Civil Veterinary Department. Madras. Admin. report 1910-25 - 1910-1925
Year: 1910
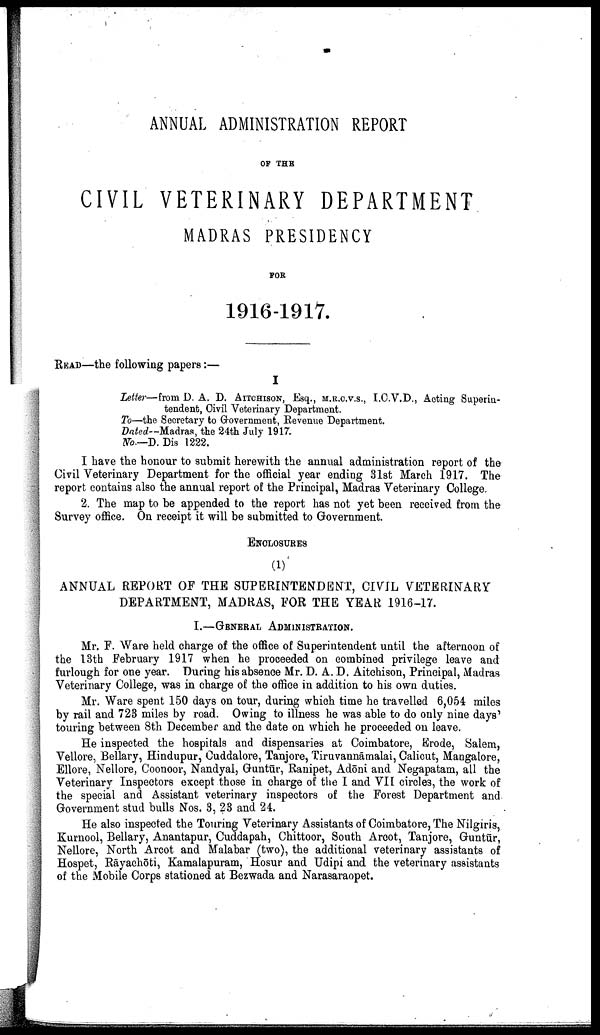
ANNUAL ADMINISTRATION REPORT
OF THE
CIVIL VETERINARY DEPARTMENT
MADRAS PRESIDENCY
FOR
1916-1917.
READ—the following papers:—
I
Letter—from D. A. D. AITCHISON, Esq., M.R.C.V.S., I.C.V.D., Acting Superin-
tendent, Civil Veterinary Department.
To—the Secretary to Government, Revenue Department.
Dated--Madras, the 24th July 1917.
No.—D. Dis 1222.
I have the honour to submit herewith the annual administration report of the
Civil Veterinary Department for the official year ending 31st March 1917. The
report contains also the annual report of the Principal, Madras Veterinary College.
2. The map to be appended to the report has not yet been received from the
Survey office. On receipt it will be submitted to Government.
ENCLOSURES
(1)
ANNUAL REPORT OF THE SUPERINTENDENT, CIVIL VETERINARY
DEPARTMENT, MADRAS, FOR THE YEAR 1916-17.
I.—GENERAL ADMINISTRATION.
Mr. F. Ware held charge of the office of Superintendent until the afternoon of
the 13th February 1917 when he proceeded on combined privilege leave and
furlough for one year. During his absence Mr. D. A. D. Aitchison, Principal, Madras
Veterinary College, was in charge of the office in addition to his own duties.
Mr. Ware spent 150 days on tour, during which time he travelled 6,054 miles
by rail and 723 miles by road. Owing to illness he was able to do only nine days'
touring between 8th December and the date on which he proceeded on leave.
He inspected the hospitals and dispensaries at Coimbatore, Erode, Salem,
Vellore, Bellary, Hindupur, Cuddalore, Tanjore, Tiruvannāmalai, Calicut, Mangalore,
Ellore, Nellore, Coonoor, Nandyal, Guntūr, Ranipet, Adōni and Negapatam, all the
Veterinary Inspectors except those in charge of the I and VII circles, the work of
the special and Assistant veterinary inspectors of the Forest Department and
Government stud bulls Nos. 3, 23 and 24.
He also inspected the Touring Veterinary Assistants of Coimbatore, The Nilgiris,
Kurnool, Bellary, Anantapur, Cuddapah, Chittoor, South Arcot, Tanjore, Guntūr,
Nellore, North Arcot and Malabar (two), the additional veterinary assistants of
Hospet, Rāyachōti, Kamalapuram, Hosur and Udipi and the veterinary assistants
of the Mobile Corps stationed at Bezwada and Narasaraopet.